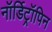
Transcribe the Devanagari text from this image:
नॉर्डिट्रॉपिन